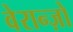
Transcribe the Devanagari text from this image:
वेरान्ज़ो